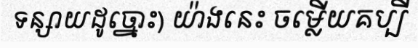
ទន្សាយដូច្នោះ) យ៉ាងនេះ ចម្លើយគប្បី